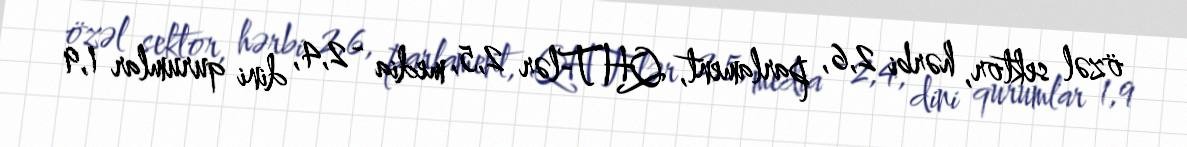
özəl sektor, hərbi 2,6, parlament, QHT-lər 2,5, media - 2,4, dini qurumlar 1,9